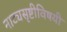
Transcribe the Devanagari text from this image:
नाट्यसृष्टीविषयी